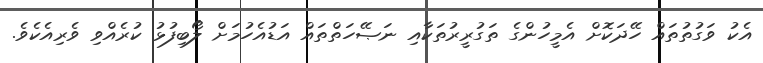
އެކު ވަގުތުތައް ހޭދަކޮށް އެމީހުންގެ ތަގުރީރުތަކާއި ނަޞޭހަތްތައް އަޑުއެހުމަށް ލޯބިފުޅު ކުރެއްވި ވެރިއެކެވެ.